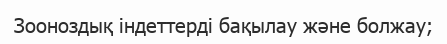
Зооноздық індеттерді бақылау және болжау;